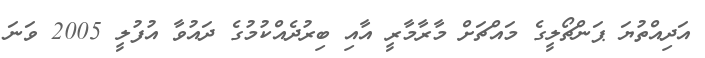
އަދިއްތުޔަ ޕަންޗޯލީގެ މައްޗަށް މާރާމާރީ އާއި ބިރުދެއްކުމުގެ ދައުވާ އުފުލީ 2005 ވަނަ